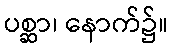
ပစ္ဆာ၊ နောက်၌။